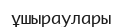
ұшыраулары